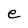
Character: e